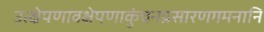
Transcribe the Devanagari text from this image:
उत्क्षेपणावक्षेपणाकुंचनप्रसारणगमनानि